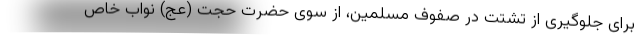
برای جلوگیری از تشتت در صفوف مسلمین، از سوی حضرت حجت (عج) نواب خاص